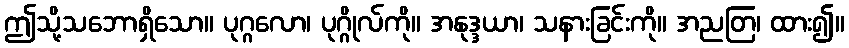
ဤသို့သဘောရှိသော။ ပုဂ္ဂလော၊ ပုဂ္ဂိုလ်ကို။ အနုဒ္ဒယာ၊ သနားခြင်းကို။ အညတြ၊ ထား၍။